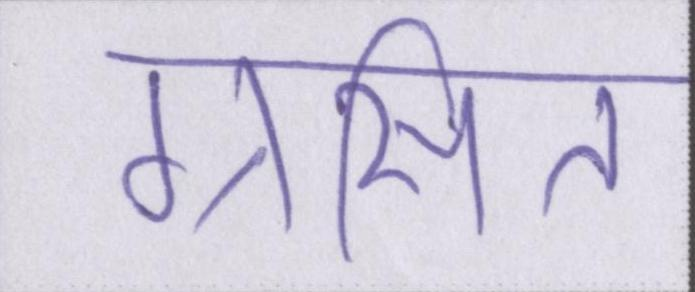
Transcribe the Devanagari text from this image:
ग्रसित